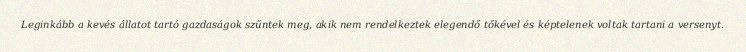
Leginkább a kevés állatot tartó gazdaságok szűntek meg, akik nem rendelkeztek elegendő tőkével és képtelenek voltak tartani a versenyt.